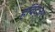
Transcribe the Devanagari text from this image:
हविट्जर